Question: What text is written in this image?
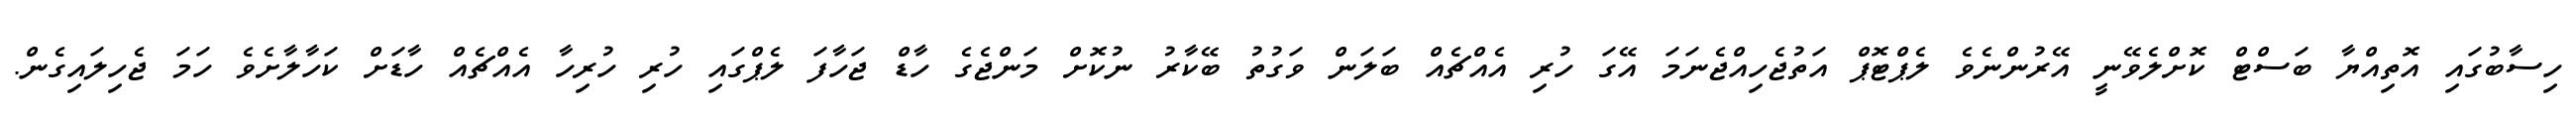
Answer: ހިސާބުގައި އޮތިއްޔާ ބަސްޓް ކޮށްލެވޭނީ އޭރުންނެވެ ލެޕްޓޮޕް އަތުޖެހިއްޖެނަމަ އޭގަ ހުރި އެއްޗެއް ބަލަން ވަގުތު ބޭކާރު ނުކޮށް މަންޖެގެ ހާޑް ޖަހާފަ ލެޕްގައި ހުރި ހުރިހާ އެއްޗެއް ހާޑަށް ކަހާލާށެވެ ހަމަ ޖެހިލައިގެން.